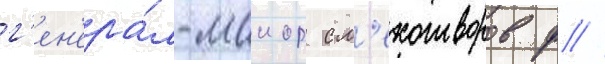
г'ен'ера́л-маиор см'ехотворов ф //